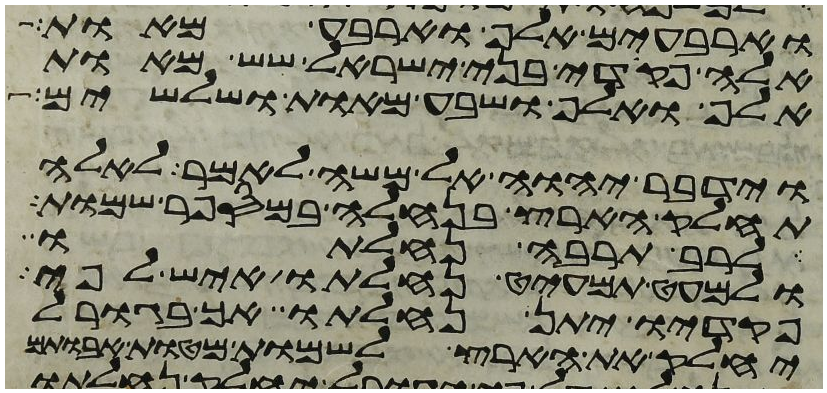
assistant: וארבעים אלף וארבע מאות
אלה פקדי בני ישראל שש מאות
אלף ואלף ושבע מאות ושלשים
וידבר יהוה אל משה לאמר לאלה
תחלק הארץ בנחלה במספר שמות
לרב תרבה נחלתו
ולמעט תמעיט נחלתו איש לפי
פקדיו יתן נחלתו אך בגורל
יחלק את הארץ לשמות מטות אבתיכם